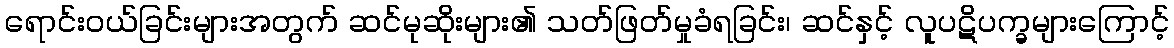
ရောင်းဝယ်ခြင်းများအတွက် ဆင်မုဆိုးများ၏ သတ်ဖြတ်မှုခံရခြင်း၊ ဆင်နှင့် လူပဋိပက္ခများကြောင့်